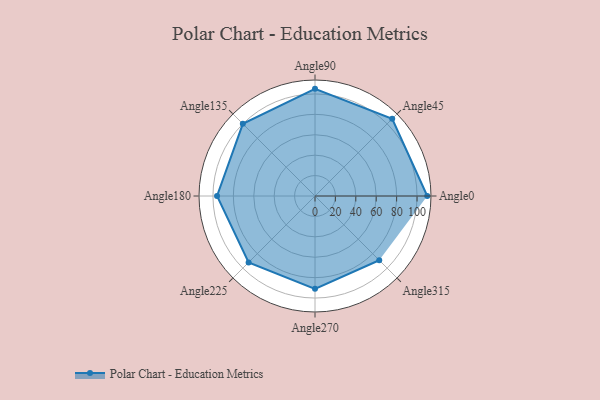
{"axis": {"x": "Angle", "y": "Radius"}, "legend": [""], "data": [{"x": "Angle0", "y": 110.0, "type": ""}, {"x": "Angle45", "y": 107.0, "type": ""}, {"x": "Angle90", "y": 105.0, "type": ""}, {"x": "Angle135", "y": 100.0, "type": ""}, {"x": "Angle180", "y": 96.0, "type": ""}, {"x": "Angle225", "y": 92.0, "type": ""}, {"x": "Angle270", "y": 91.0, "type": ""}, {"x": "Angle315", "y": 89.0, "type": ""}]}